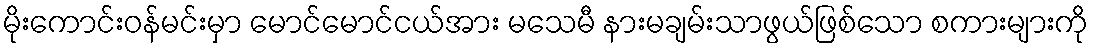
မိုးကောင်းဝန်မင်းမှာ မောင်မောင်ငယ်အား မသေမီ နားမချမ်းသာဖွယ်ဖြစ်သော စကားများကို